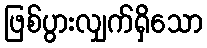
ဖြစ်ပွားလျှက်ရှိသော